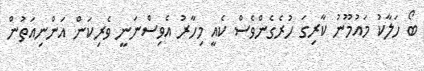
ބޯ ހަލާކު މައުމޫނު ކާރިގަ ހުރެގެންވެސް ކެއީ މިހާރު އެވިސްނަނީ ވެރިކަން އަންނިއަތުން